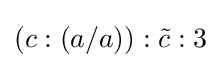
(c:(a/a)):{\tilde {c}}:3